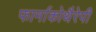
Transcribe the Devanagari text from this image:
फार्माकोथैरेपी